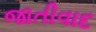
જાતીવાદ